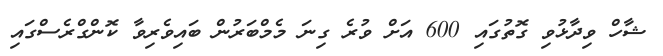
ޝާހް ވިދާޅުވި ގޮތުގައި 600 އަށް ވުރެ ގިނަ މެމްބަރުން ބައިވެރިވާ ކޮންގްރެސްގައި